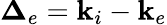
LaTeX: \mathbf{\Delta}_{e}=\mathbf{k}_{i}-\mathbf{k}_{e}